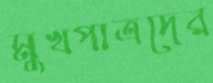
মুখপাত্রদের